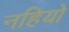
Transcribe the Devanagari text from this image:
नहियो